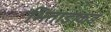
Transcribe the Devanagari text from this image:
भिताडाकडं